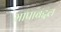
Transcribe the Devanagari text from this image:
मापाबद्दल